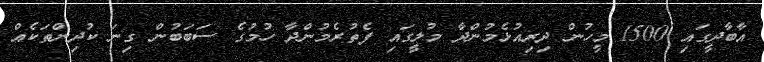
އާބާދީގައި 1500 މީހުން ދިރިއުޅެމުންދާ މުލީގައި ފެތުރެމުންދާ ހުމުގެ ސަބަބުން ގިނަ ކުދިންތަކެއް